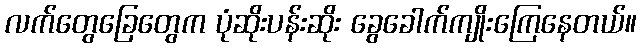
လက်တွေခြေတွေက ပုံဆိုးပန်းဆိုး ခွေခေါက်ကျိုးကြေနေတယ်။